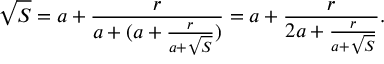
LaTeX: { \sqrt { S } } = a + { \frac { r } { a + ( a + { \frac { r } { a + { \sqrt { S } } } } ) } } = a + { \frac { r } { 2 a + { \frac { r } { a + { \sqrt { S } } } } } } .